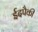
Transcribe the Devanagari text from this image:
ईदपैकी